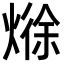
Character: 𪹘